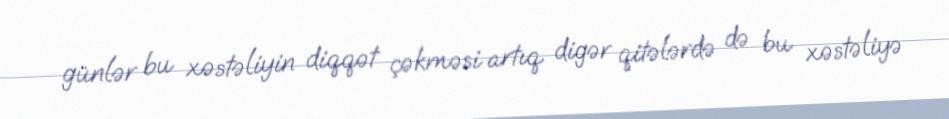
günlər bu xəstəliyin diqqət çəkməsi artıq digər qitələrdə də bu xəstəliyə